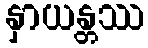
နှာယန္တဿ